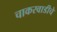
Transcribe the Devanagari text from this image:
चाकरवाडीचे